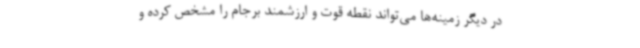
در دیگر زمینه‌ها می‌تواند نقطه قوت و ارزشمند برجام را مشخص کرده و